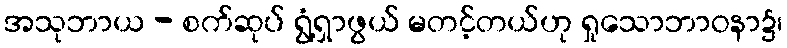
အသုဘာယ - စက်ဆုပ် ရွံ့ရှာဖွယ် မတင့်တယ်ဟု ရှုသောဘာဝနာ၌၊